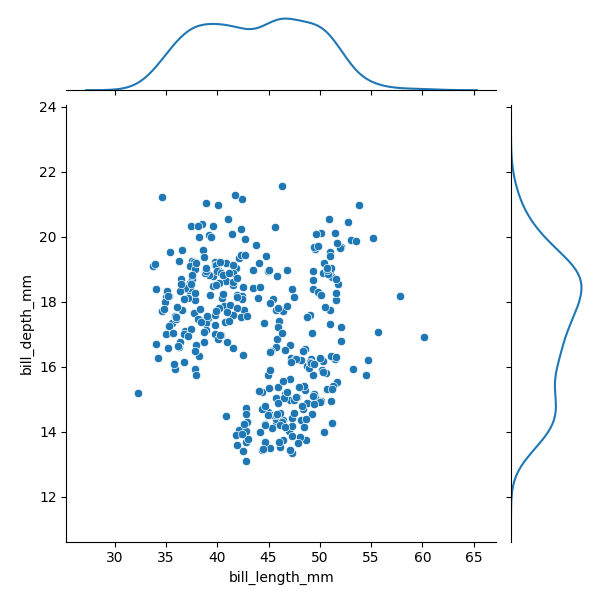
python, seaborn, JointGrid, scatterplot, kdeplot